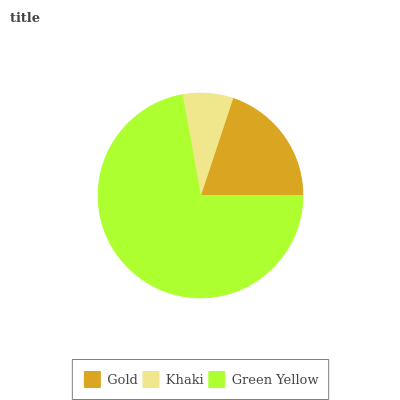
| Gold | Khaki | Green Yellow |
 | --- | --- | --- |
 | 19.9% | 7.95% | 72.1% |